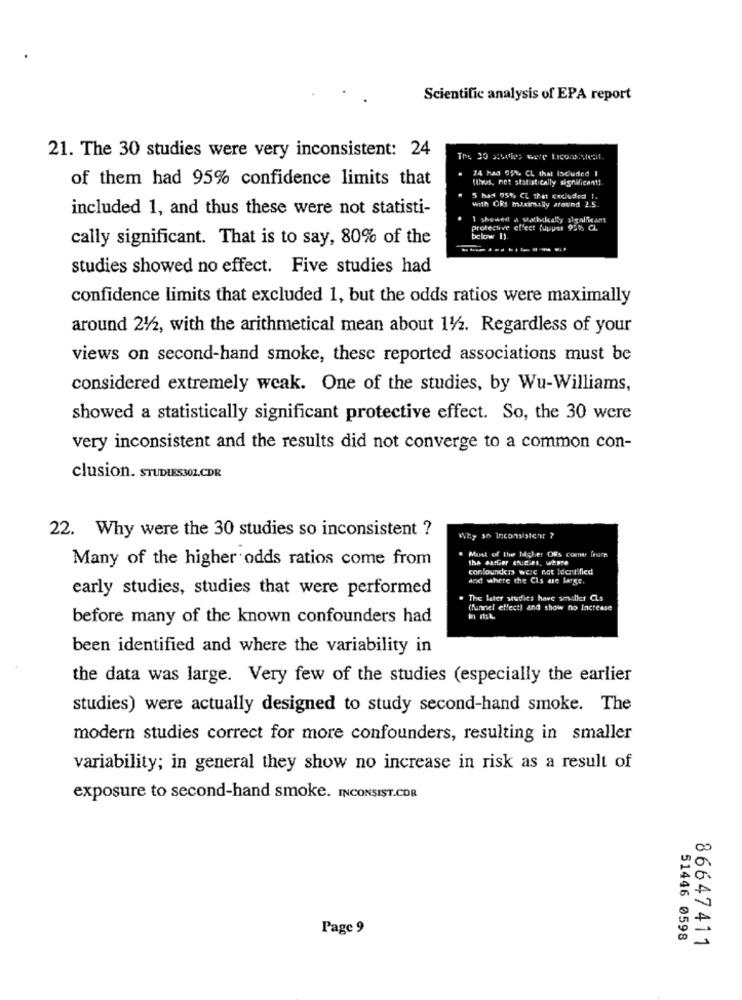
Scientific analysis of EPA report
21. The 30 studies were very inconsistent: 24
74 had 95% CL that Iscluded I
of them had 95% confidence limits that
(tives. net statistically significant !.
5 had 95%, CL that Excluded !.
with ORs maximally ground 2.5.
included 1, and thus these were not statisti-
1 showed & sathically algalficant
protective effect Nupper 95% CL
cally significant. That is to say, 80% of the
below 1).
studies showed no effect. Five studies had
confidence limits that excluded 1, but the odds ratios were maximally
around 212, with the arithmetical mean about 112. Regardless of your
views on second-hand smoke, these reported associations must be
considered extremely weak. One of the studies, by Wu-Williams,
showed a statistically significant protective effect. So, the 30 were
very inconsistent and the results did not converge to a common con-
clusion. STUDIES302.CDR
22. Why were the 30 studies so inconsistent ?
Why 30 Inconsistenr ?
Most of the Higher Ofs come frome
Many of the higher odds ratios come from
conlounders were not Identified
and where the Cls are large.
early studies, studies that were performed
The later studies have smaller CLs
(funnel effect) and show no Increase
before many of the known confounders had
been identified and where the variability in
the data was large. Very few of the studies (especially the earlier
studies) were actually designed to study second-hand smoke. The
modern studies correct for more confounders, resulting in smaller
variability; in general they show no increase in risk as a result of
exposure to second-hand smoke. INCONSIST.CDR
Page 9
51446 0598
86647411